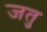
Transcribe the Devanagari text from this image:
जतु